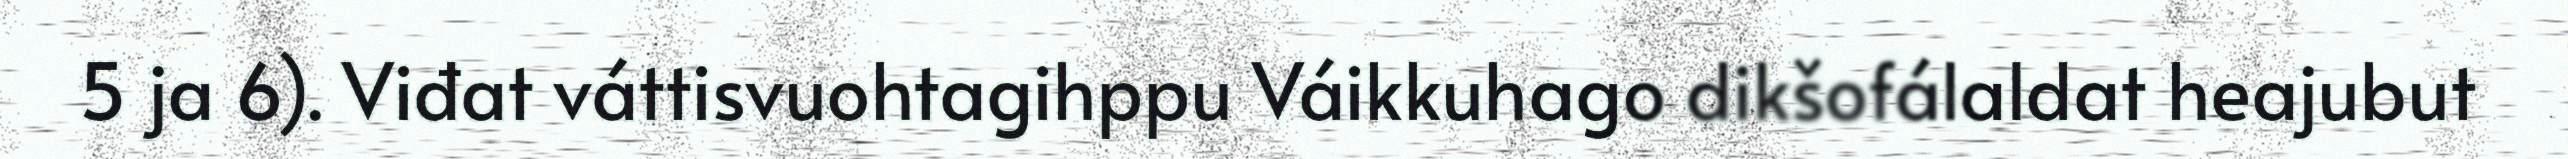
5 ja 6). Viđat váttisvuohtagihppu Váikkuhago dikšofálaldat heajubut